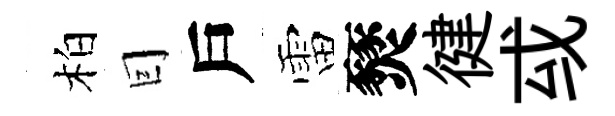
柏囙戶雷燹徤㦯